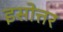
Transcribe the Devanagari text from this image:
इसोत्तर